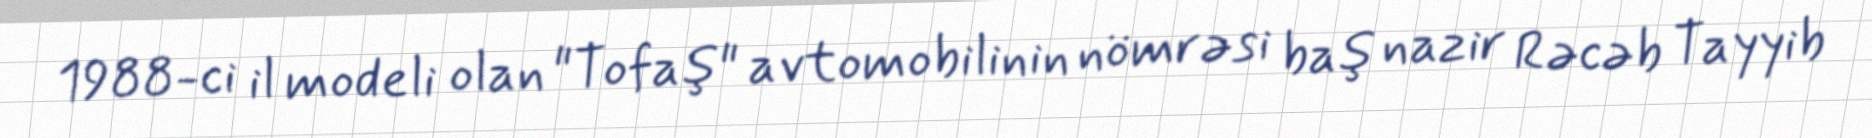
1988-ci il modeli olan "Tofaş" avtomobilinin nömrəsi baş nazir Rəcəb Tayyib